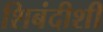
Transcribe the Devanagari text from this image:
शिबंदीशी